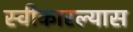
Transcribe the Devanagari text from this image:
स्वीकारल्यास